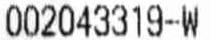
002043319-W